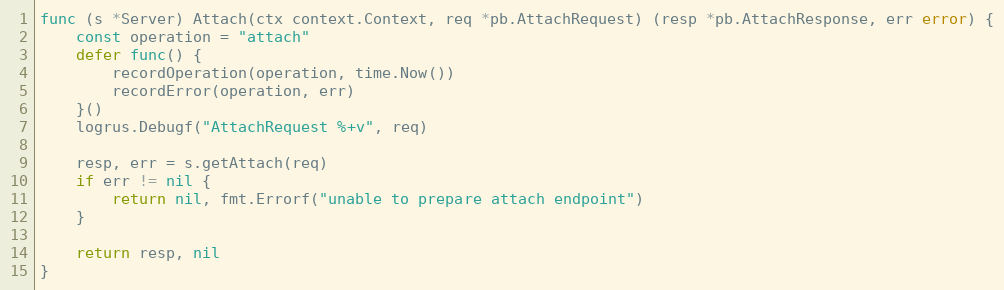
Language: Go
func (s *Server) Attach(ctx context.Context, req *pb.AttachRequest) (resp *pb.AttachResponse, err error) {
	const operation = "attach"
	defer func() {
		recordOperation(operation, time.Now())
		recordError(operation, err)
	}()
	logrus.Debugf("AttachRequest %+v", req)

	resp, err = s.getAttach(req)
	if err != nil {
		return nil, fmt.Errorf("unable to prepare attach endpoint")
	}

	return resp, nil
}